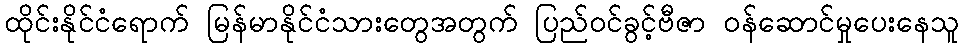
ထိုင်းနိုင်ငံရောက် မြန်မာနိုင်ငံသားတွေအတွက် ပြည်ဝင်ခွင့်ဗီဇာ ဝန်ဆောင်မှုပေးနေသူ